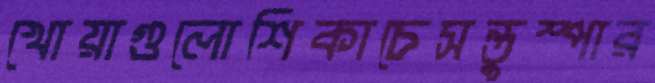
খোয়াগুলোশিকাচেসন্তুস্পার